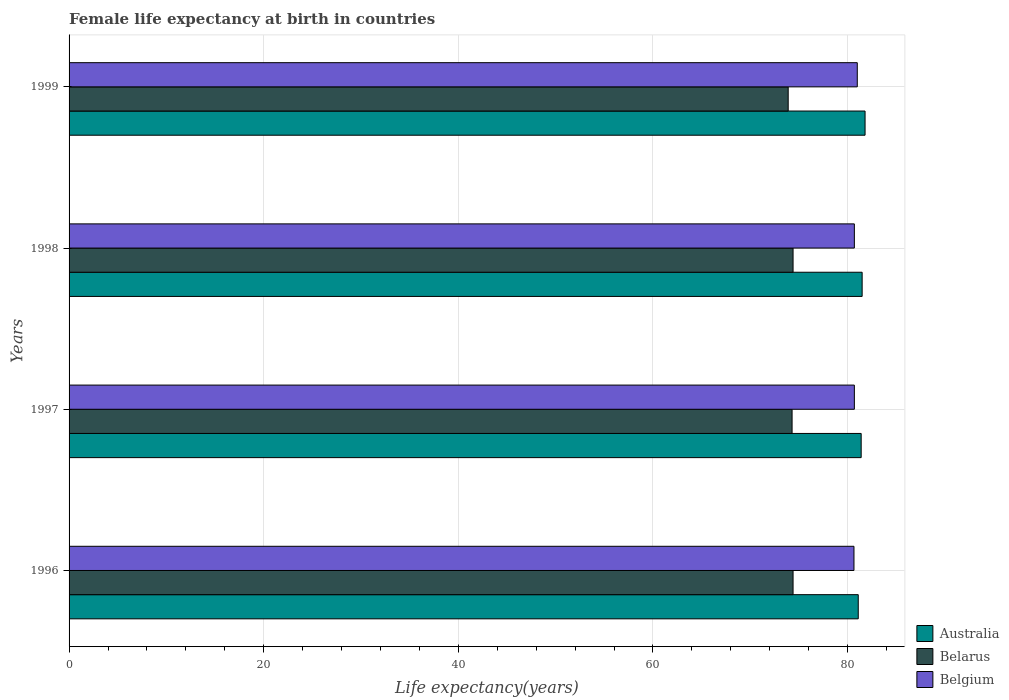
| Years | Australia | Belarus | Belgium |
 | --- | --- | --- | --- |
 | 1996 | 81.1 | 74.4 | 80.7 |
 | 1997 | 81.4 | 74.3 | 80.7 |
 | 1998 | 81.5 | 74.4 | 80.7 |
 | 1999 | 81.8 | 73.9 | 81 |